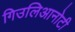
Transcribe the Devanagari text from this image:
गिउलिआनोटी